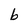
Character: b